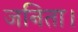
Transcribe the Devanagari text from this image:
जनिता।